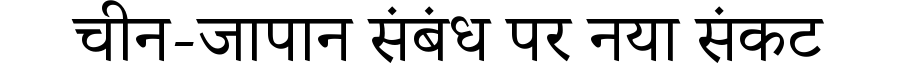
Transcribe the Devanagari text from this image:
चीन-जापान संबंध पर नया संकट